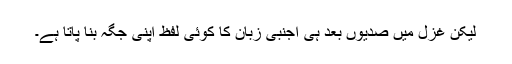
لیکن غزل میں صدیوں بعد ہی اجنبی زبان کا کوئی لفظ اپنی جگہ بنا پاتا ہے۔